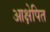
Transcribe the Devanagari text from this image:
आक्षेपित